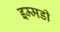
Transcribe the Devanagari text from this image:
इम्मडी